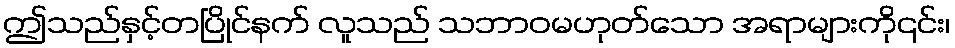
ဤသည်နှင့်တပြိုင်နက် လူသည် သဘာဝမဟုတ်သော အရာများကို၎င်း၊